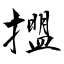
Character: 擝